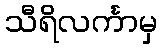
သီရိလင်္ကာမှ